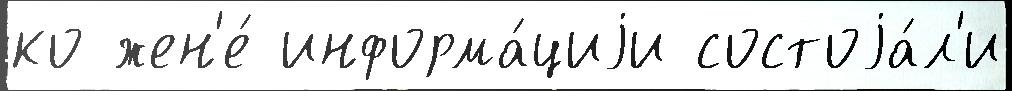
ко жен'е́ информа́циjи состоjа́л'и